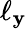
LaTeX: \ell_{\mathbf{y}}